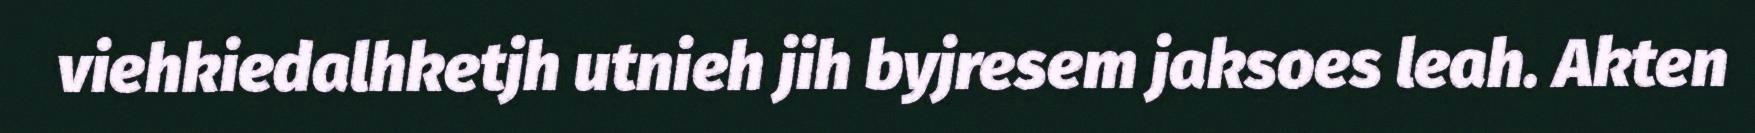
viehkiedalhketjh utnieh jih byjresem jaksoes leah. Akten